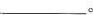
_________。